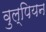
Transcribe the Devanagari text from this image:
वुल्पियन